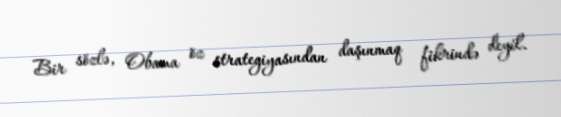
Bir sözlə, Obama öz strategiyasından daşınmaq fikrində deyil.